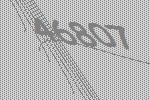
46807